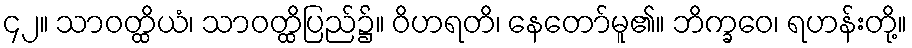
၄၂။ သာဝတ္ထိယံ၊ သာဝတ္ထိပြည်၌။ ဝိဟရတိ၊ နေတော်မူ၏။ ဘိက္ခဝေ၊ ရဟန်းတို့။